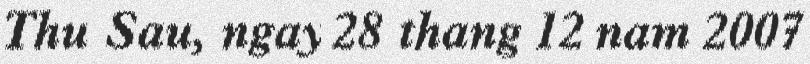
Thu Sau, ngay 28 thang 12 nam 2007